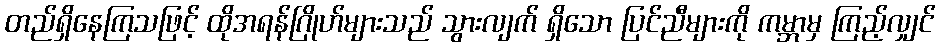
တည်ရှိနေကြသဖြင့် ထိုအရန်ဂြိုဟ်များသည် သွားလျက် ရှိသော ပြင်ညီများကို ကမ္ဘာမှ ကြည့်လျှင်